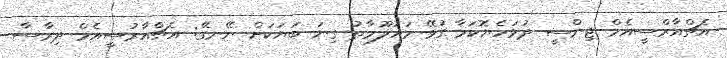
އެޗްއާރްސީއެމް ޖިންސީ ދުޅަހެޔޮކަމާ ގުޅޭ މައުލޫމާތު ގިނަ ބަޔަކަށް ނޭނގޭ: އެޗްއާރުސީއެމް ދިރާސާ